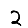
Digit: 2